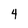
Character: 4